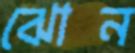
ঝোন